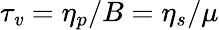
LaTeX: \tau_{\mathit{v}}=\eta_{p}/B=\eta_{s}/\mu